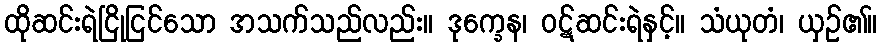
ထိုဆင်းရဲငြိုငြင်သော အသက်သည်လည်း။ ဒုက္ခေန၊ ဝဋ်ဆင်းရဲနှင့်။ သံယုတံ၊ ယှဉ်၏။